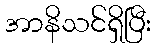
အာနိသင်ရှိပြီး